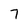
Character: 7